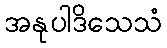
အနုပါဒိသေသံ